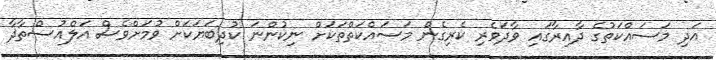
އަދި މަސައްކަތުގެ ދާއިރާގައި ވާދަވެރި ކެރިގެން މަސައްކަތްތަކަށް ނިކުންނަ ކުދިބަޔަކަށް ވުމަށްވެސް އަލްއުސްތާޛާ